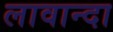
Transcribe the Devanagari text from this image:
लावान्दा